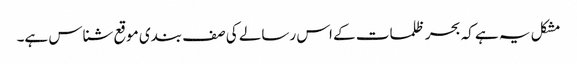
مشکل یہ ہے کہ بحر ظلمات کے اس رسالے کی صف بندی موقع شناس ہے۔